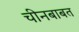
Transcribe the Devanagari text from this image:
चीनबाबत